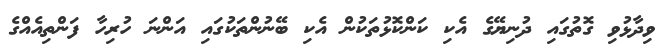
ވިދާޅުވި ގޮތުގައި ދުނިޔޭގެ އެކި ކަންކޮޅުތަކުން އެކި ބޭނުންތަކުގައި އަންނަ ހުރިހާ ފަންތިއެއްގެ